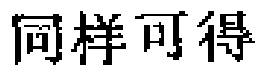
同样可得